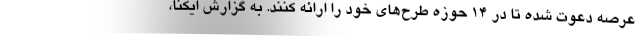
عرصه دعوت شده تا در ۱۴ حوزه طرح‌های خود را ارائه کنند. به گزارش ایکنا،